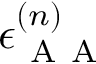
\epsilon _ { \mathrm { ~ A ~ A ~ } } ^ { ( n ) }